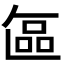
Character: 𭉘